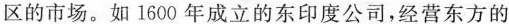
区的市场。如1600年成立的东印度公司，经营东方的